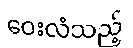
ဝေးလံသည့်